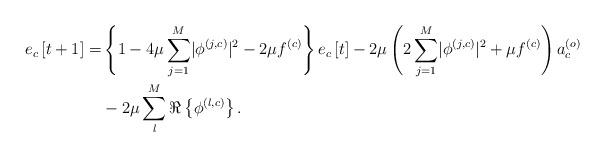
LaTeX: \begin{align*} e_c\left[t+1\right]=&\left\{1-4\mu\sum_{j=1}^{M}\lvert\phi^{\left(j,c\right)}\rvert^2-2\mu f^{\left(c\right)}\vphantom{\sum_{j=1}^{M}}\right\}e_c\left[t\right]-2\mu\left(2\sum_{j=1}^{M}\lvert\phi^{\left(j,c\right)}\rvert^2+\mu f^{\left(c\right)}\right)a_c^{\left(o\right)}\\ &-2\mu\sum_{l}^{M}\Re\left\{\phi^{\left(l,c\right)}\right\}.\end{align*}